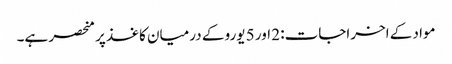
مواد کے اخراجات: 2 اور 5 یورو کے درمیان کاغذ پر منحصر ہے۔